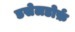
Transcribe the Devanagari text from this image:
डसेलडोर्फ़